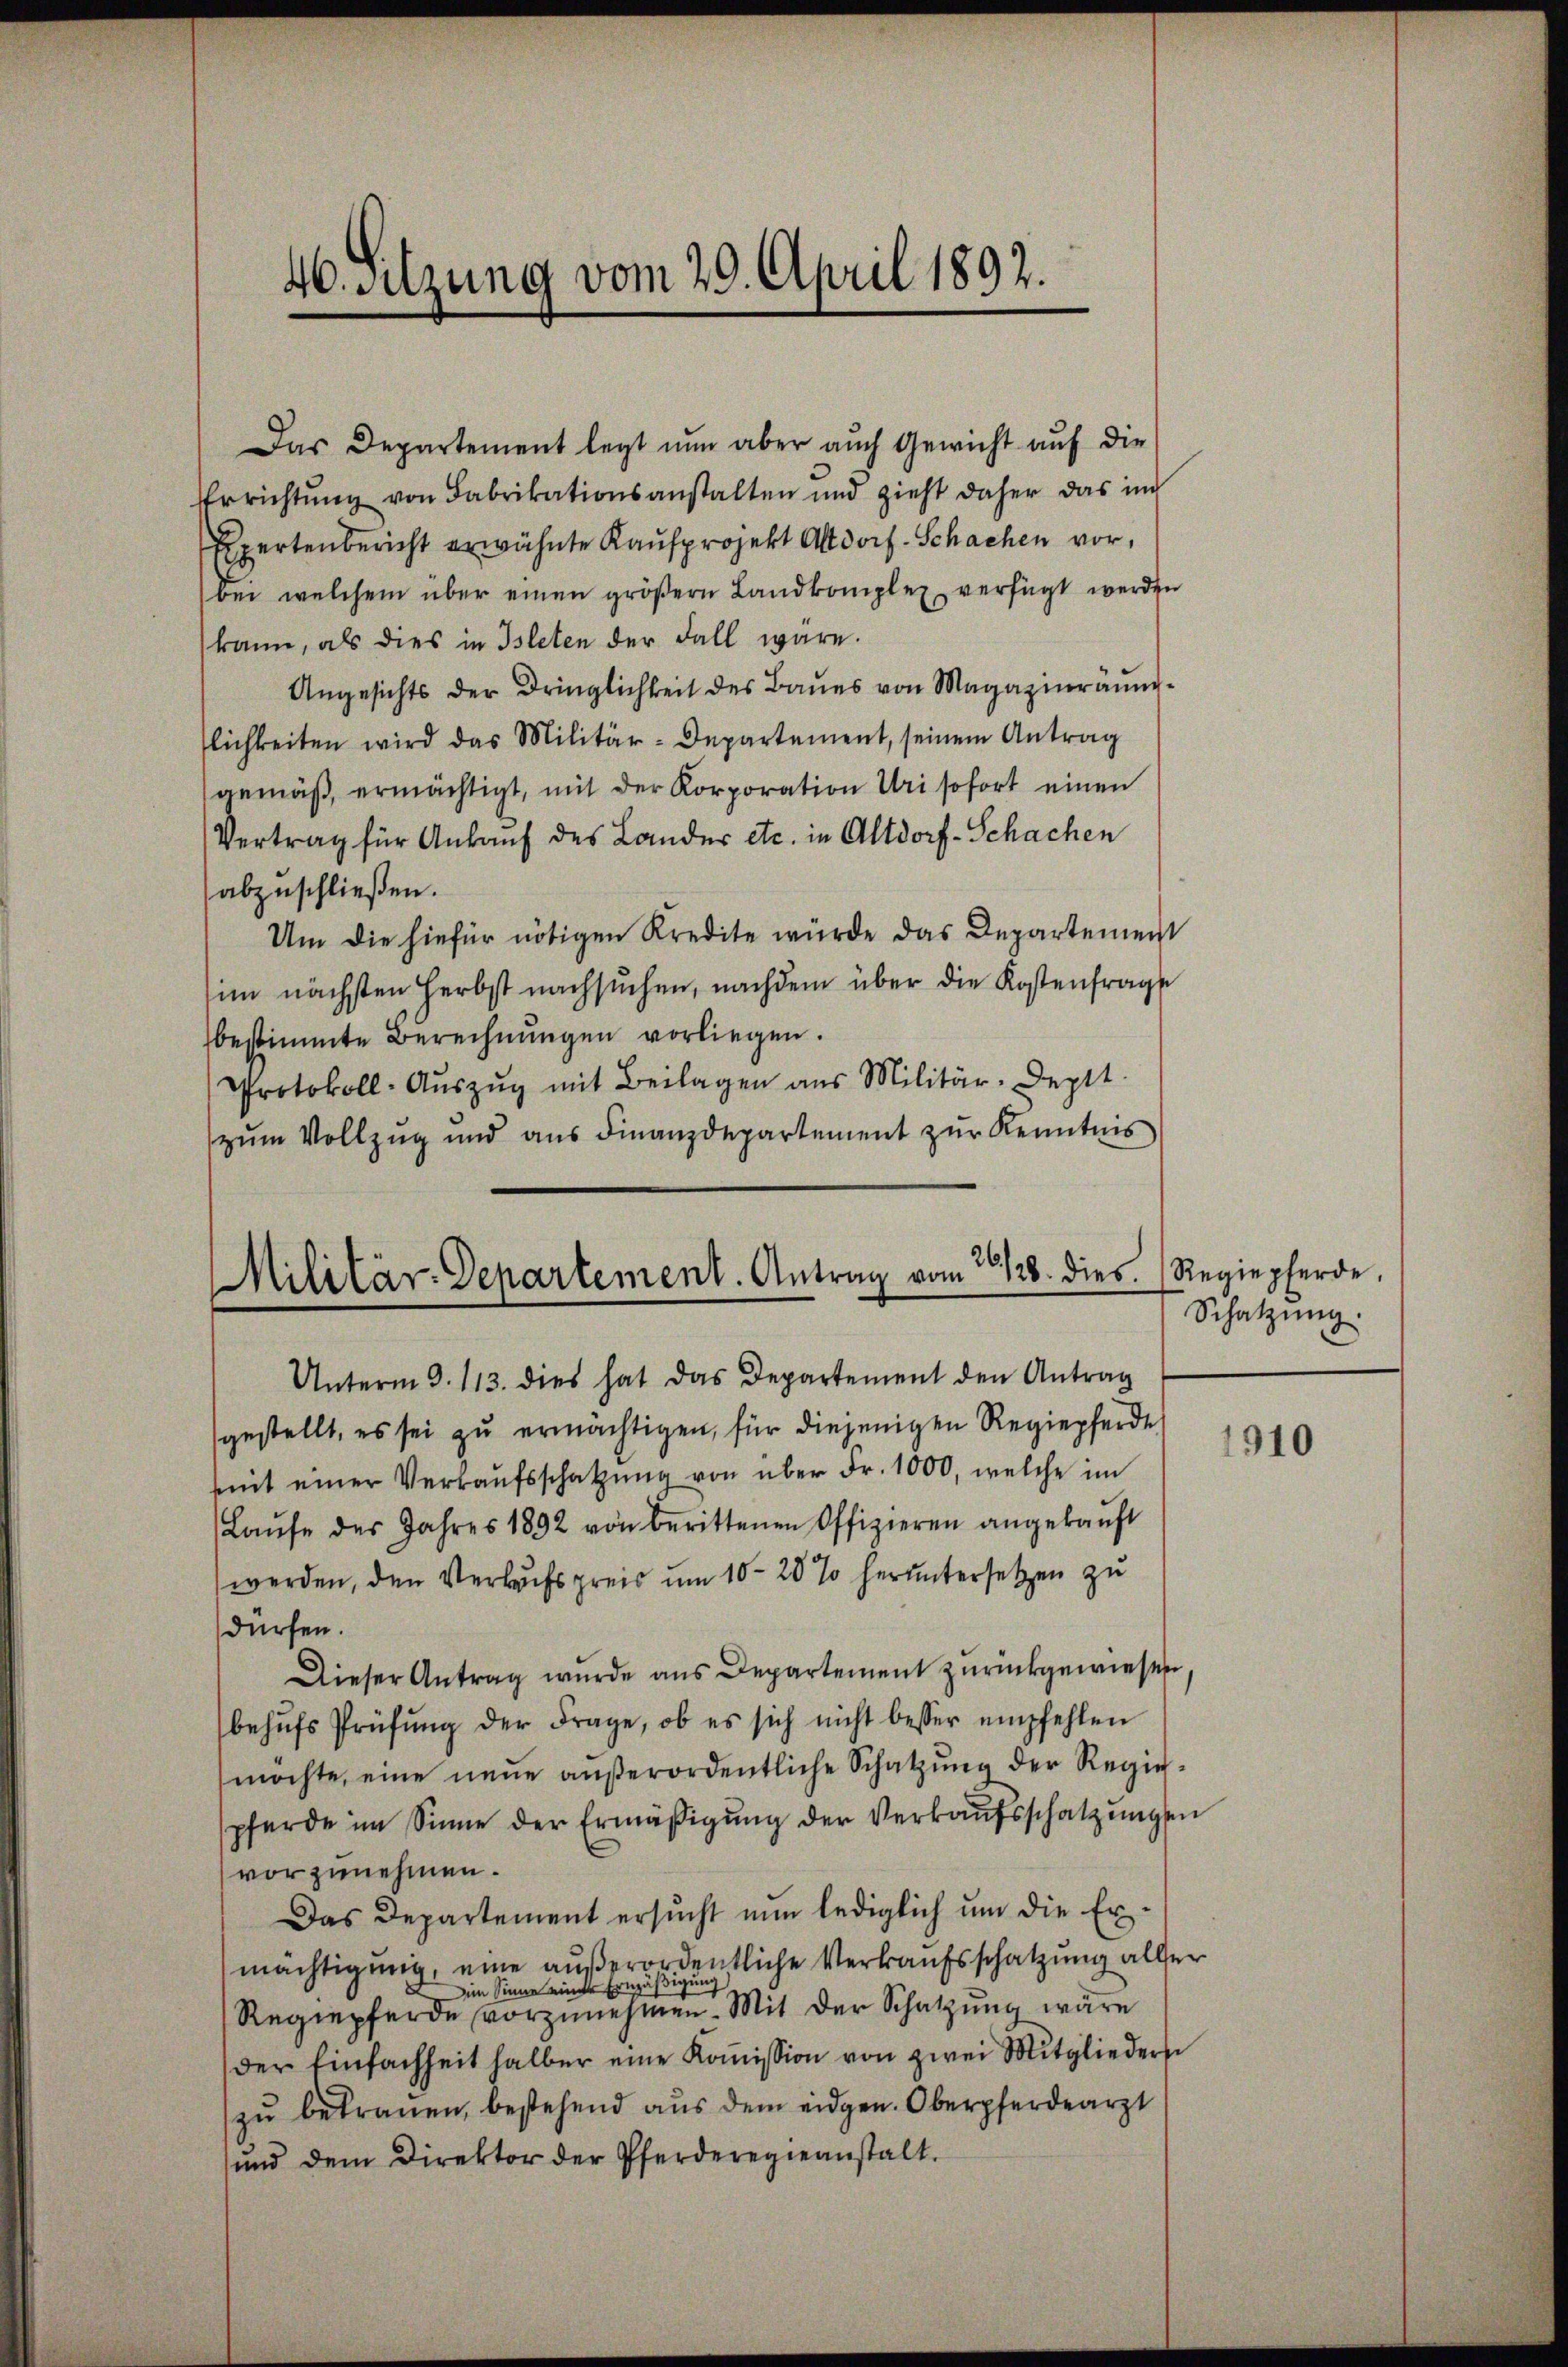
Das Departement legt nun aber auch Gewicht auf die
Errichtŭng von Fabrikationsanstalten und zieht daher das in
Expertenbericht erwähnte Kaufprojekt Altdorf. Schachen vor,
bei welchem über einen gröβern Landkomplex verfügt werden
kann, als dies in Isleten der Fall wäre.
Angesichts der Dringlichkeit des Baues von Magazinranerlichkeiten wird das Militär-Departement, seinem Antrag
(gemäβ ermächtigt, mit der Korporation Uri sofort einen
Vertrag für Ankauf des Lander etc. in Altdorf-Schachen
abzuschließen.
Um die hiefür nötigen Kredite würde das Departement
im nächsten Herbst nachsuchen, nachdem über die Kostenfrage
bestimmte Berechnŭngen vorliegen.
Protokoll-Aŭszŭg mit Beilagen aus Militär-Deptt.
zum Vollzug und aus Finanzdepartement zur Kenntnis

46. Sitzung vom 20. April 1892.

Militär-Departement. Antrag vom 30/128. dies

Unterm 9. 113. dies hat das Departement den Antrag
gestellt, es sei zu ermächtigen, für diejenigen Regiepferde
mit einer Verkaŭfsschatzŭng von über Fr. 1000, welche im
Laŭfe des Jahres 1892 von berittenen Offizieren angekaŭft
werden, den Verkaufspreis um 10-20 % heruntersetzen zu
dürfen.
Dieser Antrag wurde aus Departement zurückgewiesen
behŭfs Prüfŭng der Frage, ob es sich nicht besser empfehlen
möchte, eine neue aŭβerordentliche Schatzŭng der Regiepferde im Sinne der Ermäβigŭng der Verkaŭfsschatzŭngen
vorzunehmen.
Das Departement ersucht nun lediglich um die Ermächtigung, eine außerordentliche Verkaufsschatzung aller
zun
eim Sinne einer Ernzäß
Regiepferde vorzunehmen. Mit der Schatzung wäre
der Einfachheit halber eine Koṁission von zwei Mitglieders
zŭ betrauen, bestehend aŭs dem eidgen. Oberpferdearzt
und dem Direktor der Pferderegieanstalt.

Regiepferde.
Schatzung.

1910